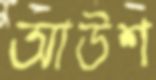
আউশ